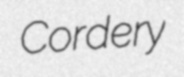
Cordery